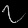
Digit: ၇